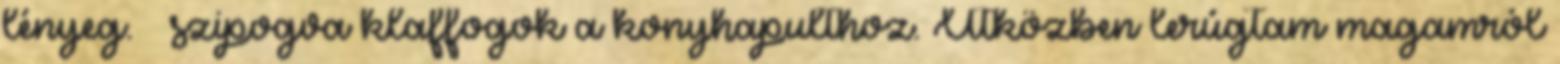
lényeg. – szipogva klaffogok a konyhapulthoz. Útközben lerúgtam magamról